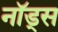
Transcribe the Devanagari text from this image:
नॉड्स